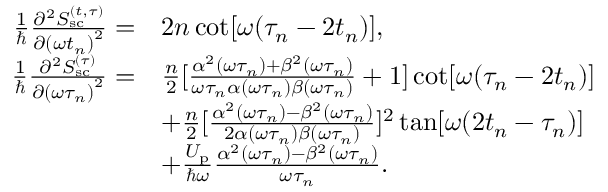
\begin{array} { r l } { \frac { 1 } { \hbar } \frac { \partial ^ { 2 } S _ { \mathrm { s c } } ^ { ( t , \tau ) } } { \partial { ( \omega t _ { n } ) } ^ { 2 } } = } & { 2 n \cot [ \omega ( \tau _ { n } - 2 t _ { n } ) ] , } \\ { \frac { 1 } { \hbar } \frac { \partial ^ { 2 } S _ { \mathrm { s c } } ^ { ( \tau ) } } { \partial { ( \omega \tau _ { n } ) } ^ { 2 } } = } & { \frac { n } { 2 } [ \frac { \alpha ^ { 2 } ( \omega \tau _ { n } ) + \beta ^ { 2 } ( \omega \tau _ { n } ) } { \omega \tau _ { n } \alpha ( \omega \tau _ { n } ) \beta ( \omega \tau _ { n } ) } + 1 ] \cot [ \omega ( \tau _ { n } - 2 t _ { n } ) ] } \\ & { + \frac { n } { 2 } [ \frac { \alpha ^ { 2 } ( \omega \tau _ { n } ) - \beta ^ { 2 } ( \omega \tau _ { n } ) } { 2 \alpha ( \omega \tau _ { n } ) \beta ( \omega \tau _ { n } ) } ] ^ { 2 } \tan [ \omega ( 2 t _ { n } - \tau _ { n } ) ] } \\ & { + \frac { U _ { \mathrm { p } } } { \hbar \omega } \frac { \alpha ^ { 2 } ( \omega \tau _ { n } ) - \beta ^ { 2 } ( \omega \tau _ { n } ) } { \omega \tau _ { n } } . } \end{array}